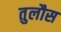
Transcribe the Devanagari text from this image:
तुलौस